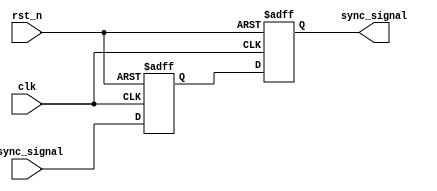
module signal_level_crossing_synchronizer #(
    parameter WIDTH = 1     // Width of the input signal (can be adjusted)
)(
    input  wire            clk,          // Receiving clock domain
    input  wire            rst_n,        // Active low reset
    input  wire [WIDTH-1:0] async_signal, // Asynchronous input signal
    output reg  [WIDTH-1:0] sync_signal   // Synchronized output signal
);

    // Internal signals for the dual flip-flop synchronizer
    reg [WIDTH-1:0] ff1; // Output of the first flip-flop

    // Dual Flip-Flop Synchronizer
    always @(posedge clk or negedge rst_n) begin
        if (~rst_n) begin
            ff1 <= {WIDTH{1'b0}}; // Initialize ff1 to 0 on reset
            sync_signal <= {WIDTH{1'b0}}; // Initialize sync_signal to 0 on reset
        end else begin
            ff1 <= async_signal; // Sample the asynchronous signal
            sync_signal <= ff1;   // Synchronize the output signal
        end
    end

endmodule